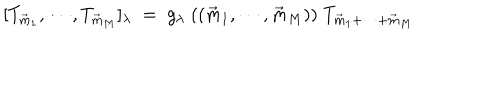
LaTeX: [ T _ { \vec { m } _ { 1 } } , \cdots , T _ { \vec { m } _ { M } } ] _ { \lambda } \; = \; g _ { \lambda } \; ( ( \vec { m } _ { 1 } , \cdots , \vec { m } _ { M } ) ) \; T _ { \vec { m } _ { 1 } + \cdots + \vec { m } _ { M } }